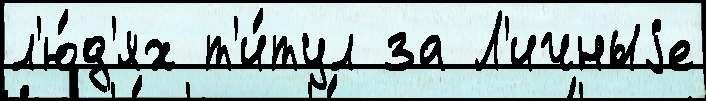
л'ю́д'ях т'и́тул за Л'ичныjе